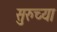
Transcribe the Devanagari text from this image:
सुरुच्या